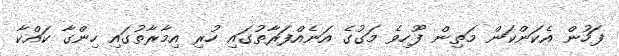
ފަހުން އެކަންކަން މަތިން ފޫހިވެ މަގުގެ އަނެއްފަރާތުގައި ހުރި އިމާރާތުގައި ހިންގާ ކައްކާ